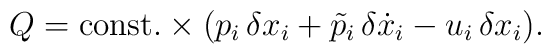
Q={\rm const.}\times (p_{i}\,\delta x_{i}+\tilde{p}_{i}\,\delta\dot{x}_{i}-u_{i}\,\delta x_{i}).